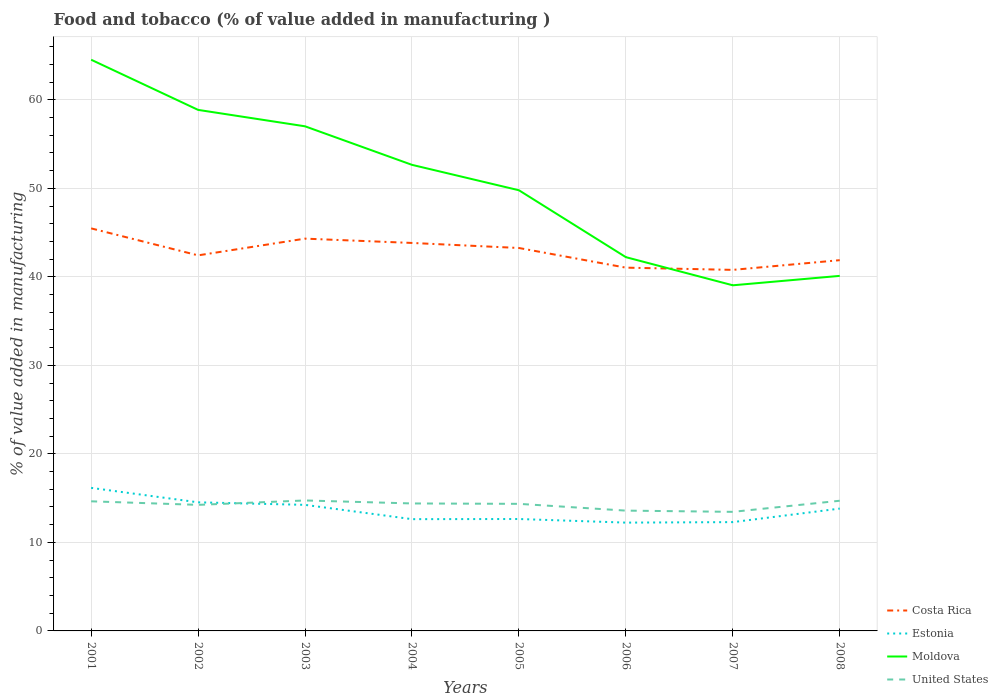
| Years | Costa Rica | Estonia | Moldova | United States |
 | --- | --- | --- | --- | --- |
 | 2001 | 45.5 | 16.2 | 64.5 | 14.6 |
 | 2002 | 42.4 | 14.5 | 58.9 | 14.2 |
 | 2003 | 44.3 | 14.2 | 57 | 14.7 |
 | 2004 | 43.8 | 12.6 | 52.6 | 14.4 |
 | 2005 | 43.3 | 12.6 | 49.8 | 14.4 |
 | 2006 | 41 | 12.2 | 42.2 | 13.6 |
 | 2007 | 40.8 | 12.3 | 39 | 13.5 |
 | 2008 | 41.9 | 13.8 | 40.1 | 14.7 |